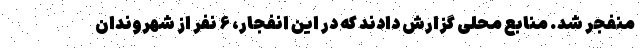
منفجر شد. منابع محلی گزارش دادند که در این انفجار، ۶ نفر از شهروندان